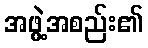
အဖွဲ့အစည်း၏